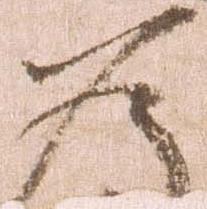
為